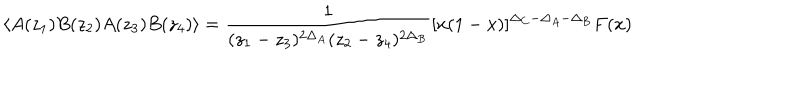
\langle A ( z _ { 1 } ) B ( z _ { 2 } ) A ( z _ { 3 } ) B ( z _ { 4 } ) \rangle = \frac { 1 } { ( z _ { 1 } - z _ { 3 } ) ^ { 2 \Delta _ { A } } ( z _ { 2 } - z _ { 4 } ) ^ { 2 \Delta _ { B } } } [ x ( 1 - x ) ] ^ { \Delta _ { C } - \Delta _ { A } - \Delta _ { B } } F ( x )